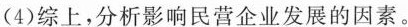
(4)综上，分析影响民营企业发展的因素。